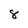
Character: 8